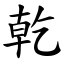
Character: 乾